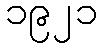
၁၉၂၁